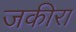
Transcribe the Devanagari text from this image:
जकीरा